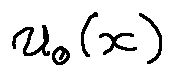
u _ { 0 } ( x )